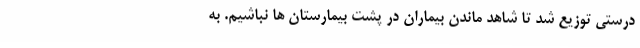
درستی توزیع شد تا شاهد ماندن بیماران در پشت بیمارستان ها نباشیم. به